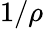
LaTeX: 1/\rho